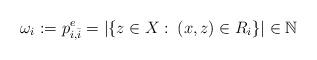
LaTeX: \begin{align*}\omega_i:=p_{i,\bar i}^e=|\{z\in X:\> (x,z)\in R_i\}|\in\mathbb N\end{align*}